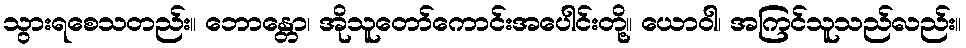
သွားရစေသတည်း။ ဘောန္တော၊ အိုသူတော်ကောင်းအပေါင်းတို့။ ယောဝါ၊ အကြင်သူသည်လည်း။